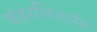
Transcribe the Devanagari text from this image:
थंडरलिजार्डस